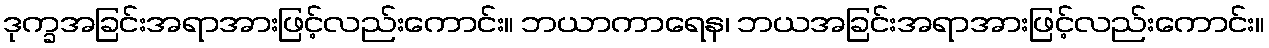
ဒုက္ခအခြင်းအရာအားဖြင့်လည်းကောင်း။ ဘယာကာရေန၊ ဘယအခြင်းအရာအားဖြင့်လည်းကောင်း။